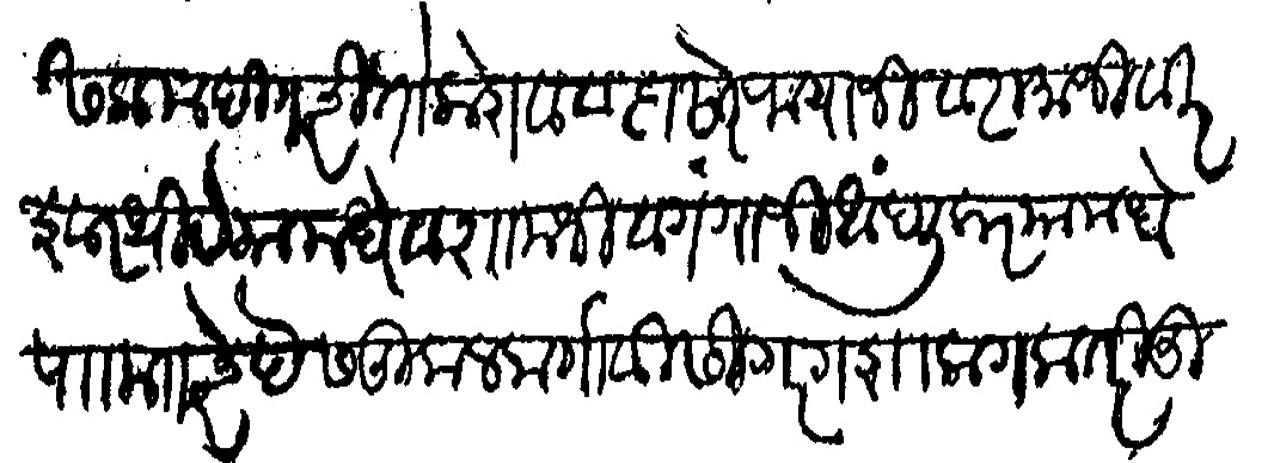
Transliteration (Devanagari): सलाम दिगर चिंतो केशव व दासो रायाजी व रामाजी वीरेश्वर थीटे यामधे व शामजी व गंगाजी आंदलीकर यामध्ये पाा मजकूरचे देसकुकलर्णीवीसी गरगशा लागला तरी तुम्ही